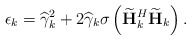
\begin{align*}\epsilon_k = \widehat{\gamma}_k^2 + 2\widehat{\gamma}_k\sigma_{}\left(\widetilde{\mathbf{H}}_k^H\widetilde{\mathbf{H}}_k\right).\end{align*}